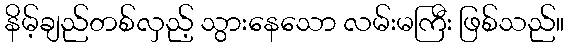
နိမ့်ချည်တစ်လှည့် သွားနေသော လမ်းမကြီး ဖြစ်သည်။